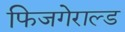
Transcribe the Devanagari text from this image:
फिजगेराल्ड